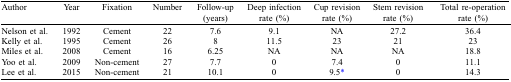
<table><thead><tr><td><b>Author</b></td><td><b>Year</b></td><td><b>Fixation</b></td><td><b>Number</b></td><td><b>Follow-up (years)</b></td><td><b>Deep infection rate (%)</b></td><td><b>Cup revision rate (%)</b></td><td><b>Stem revision rate (%)</b></td><td><b>Total re-operation rate (%)</b></td></tr></thead><tbody><tr><td>Nelson et al.</td><td>1992</td><td>Cement</td><td>22</td><td>7.6</td><td>9.1</td><td>NA</td><td>27.2</td><td>36.4</td></tr><tr><td>Kelly et al.</td><td>1995</td><td>Cement</td><td>26</td><td>8</td><td>11.5</td><td>23</td><td>21</td><td>23</td></tr><tr><td>Miles et al.</td><td>2008</td><td>Cement</td><td>16</td><td>6.25</td><td>NA</td><td>NA</td><td>NA</td><td>18.8</td></tr><tr><td>Yoo et al.</td><td>2009</td><td>Non-cement</td><td>27</td><td>7.7</td><td>0</td><td>7.4</td><td>0</td><td>11.1</td></tr><tr><td>Lee et al.</td><td>2015</td><td>Non-cement</td><td>21</td><td>10.1</td><td>0</td><td>9.5*</td><td>0</td><td>14.3</td></tr></tbody></table>